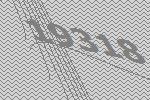
19318